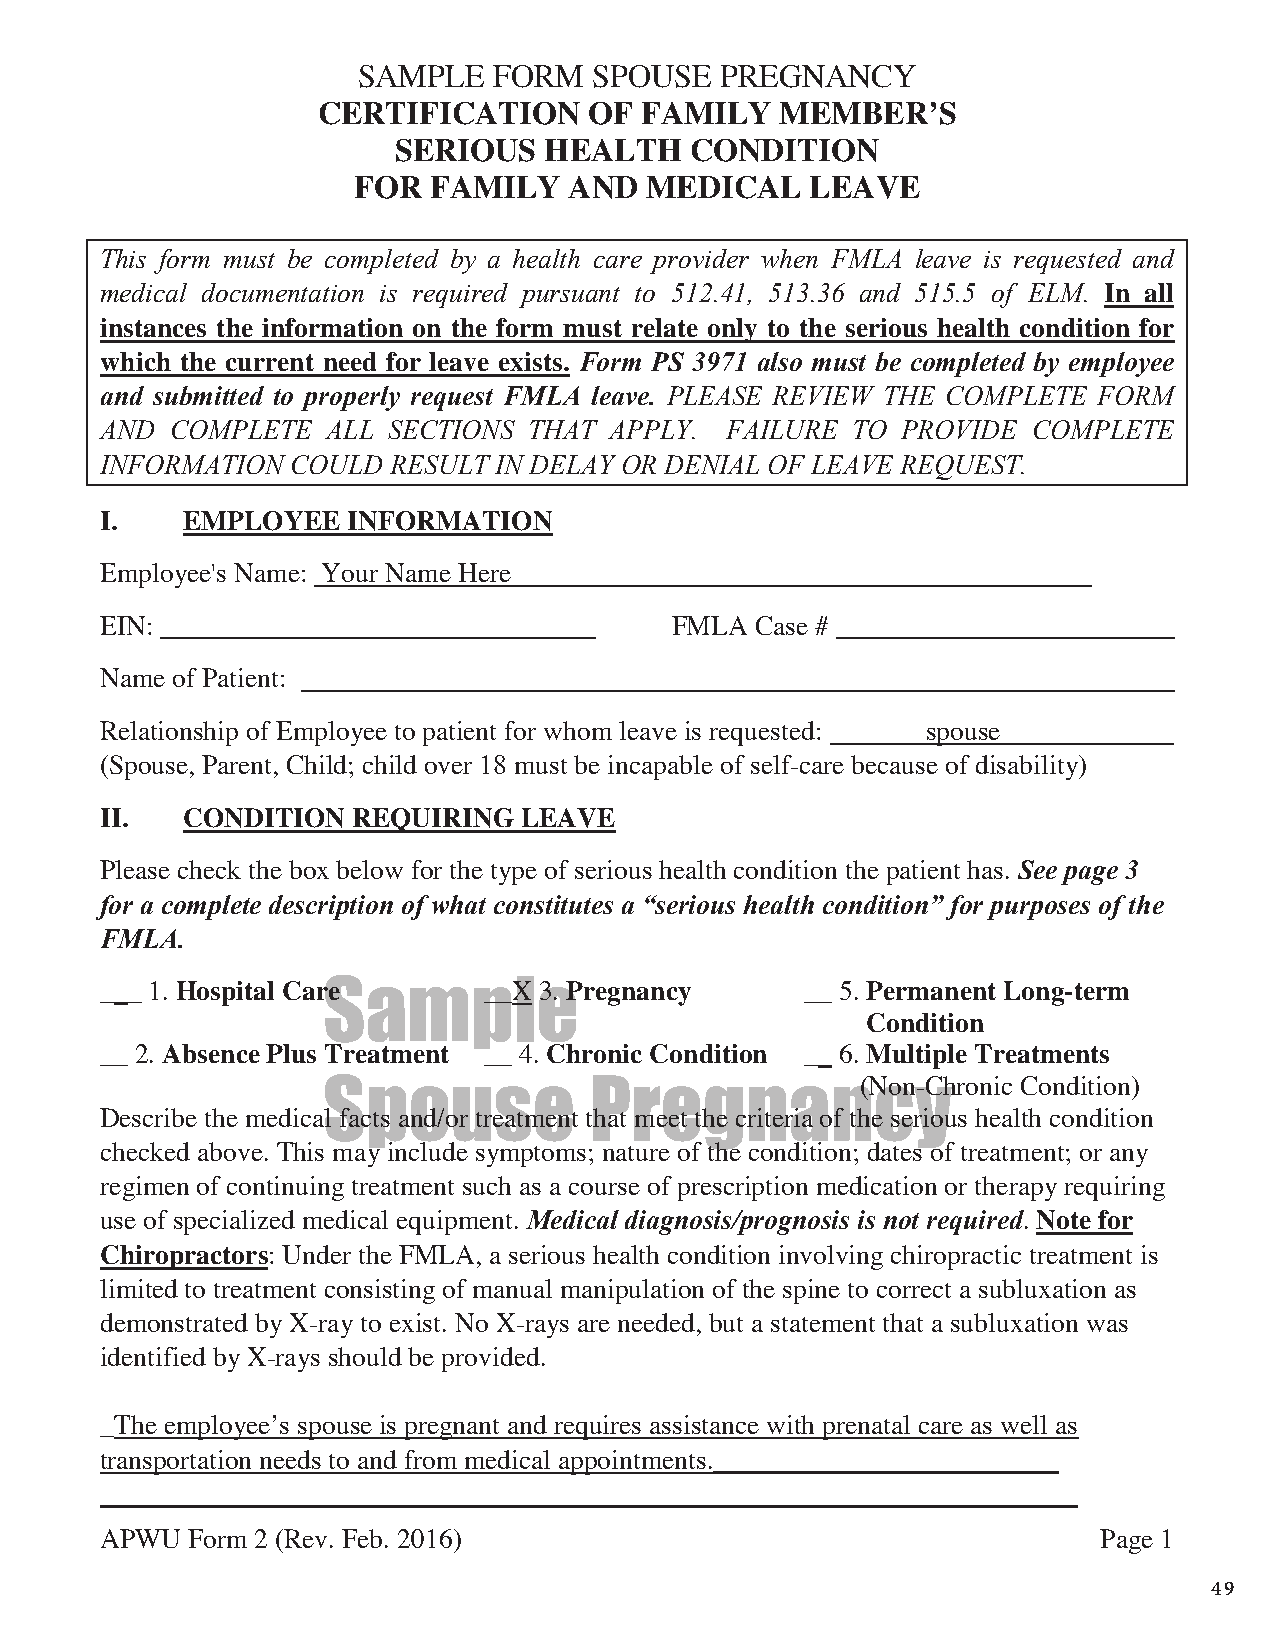
SAMPLE   FORM  SPOUSE   PREGNANCY
 CERTIFICATION     OF FAMILY    MEMBER’S
 SERIOUS   HEALTH    CONDITION
 FOR  FAMILY    AND  MEDICAL    LEAVE
 This form must be completed by a health care provider when FMLA leave is requested and
 medical documentation is required pursuant to 512.41, 513.36 and 515.5 of ELM. In all
 instances the information on the form must relate only to the serious health condition for
 which the current need for leave exists. Form PS 3971 also must be completed by employee
 and submitted to properly request FMLA leave. PLEASE REVIEW THE COMPLETE FORM
 AND COMPLETE   ALL SECTIONS THAT APPLY.  FAILURE TO  PROVIDE COMPLETE
 INFORMATION COULD  RESULT IN DELAY OR DENIAL OF LEAVE REQUEST.
 I.   EMPLOYEE   INFORMATION
 Employee's Name: Your Name Here
 EIN:                                 FMLA  Case #
 Name of Patient:
 Relationship of Employee to patient for whom leave is requested: spouse
 (Spouse, Parent, Child; child over 18 must be incapable of self-care because of disability)
 II.  CONDITION  REQUIRING  LEAVE
 Please check the box below for the type of serious health condition the patient has. See page 3
 for a complete description of what constitutes a “serious health condition” for purposes of the
 FMLA.
 ___ 1. Hospital Car Se amp__Xle3. P regnancy  __ 5. Permanent Long-term
 Condition
 __ 2. Absence Plus Treatment __ 4. Chronic Condition __ 6. Multiple Treatments
 (Non-Chronic Condition)
 Spouse            Pregnancy
 Describe the medical facts and/or treatment that meet the criteria of the serious health condition
 checked above. This may include symptoms; nature of the condition; dates of treatment; or any
 regimen of continuing treatment such as a course of prescription medication or therapy requiring
 use of specialized medical equipment. Medical diagnosis/prognosis is not required. Note for
 Chiropractors: Under the FMLA, a serious health condition involving chiropractic treatment is
 limited to treatment consisting of manual manipulation of the spine to correct a subluxation as
 demonstrated by X-ray to exist. No X-rays are needed, but a statement that a subluxation was
 identified by X-rays should be provided.
 _The employeeʼs spouse is pregnant and requires assistance with prenatal care as well as
 transportation needs to and from medical appointments._________________________
 _______________________________________________________________________
 APWU Form 2 (Rev. Feb. 2016)                                      Page 1
 49